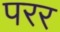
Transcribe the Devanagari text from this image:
परर